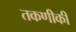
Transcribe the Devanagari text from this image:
तकणीकी